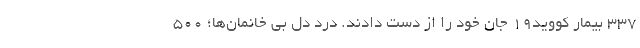
۳۳۷ بیمار کووید۱۹ جان خود را از دست دادند. درد دل بی ‌خانمان‌ها؛ ۵۰۰